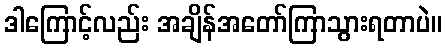
ဒါကြောင့်လည်း အချိန်အတော်ကြာသွားရတာပဲ။